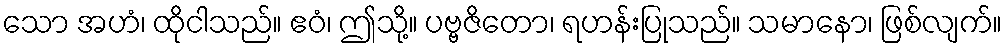
သော အဟံ၊ ထိုငါသည်။ ဧဝံ၊ ဤသို့။ ပဗ္ဗဇိတော၊ ရဟန်းပြုသည်။ သမာနော၊ ဖြစ်လျက်။